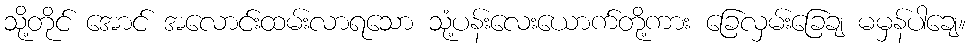
သို့တိုင် အောင် အလောင်းထမ်းလာရသော သုံ့ပန်းလေးယောက်တို့ကား ခြေလှမ်းခြေချ မမှန်ပါချေ။